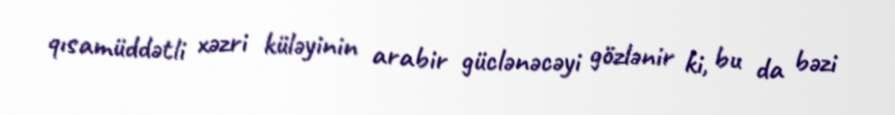
qısamüddətli xəzri küləyinin arabir güclənəcəyi gözlənir ki, bu da bəzi